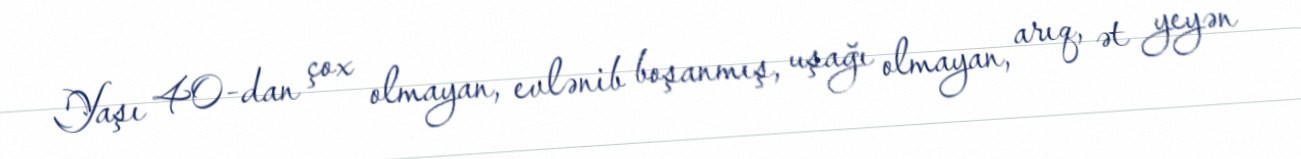
Yaşı 40-dan çox olmayan, evlənib boşanmış, uşağı olmayan, arıq, ət yeyən